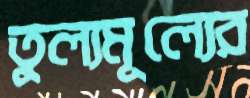
তুল্যমূল্যের